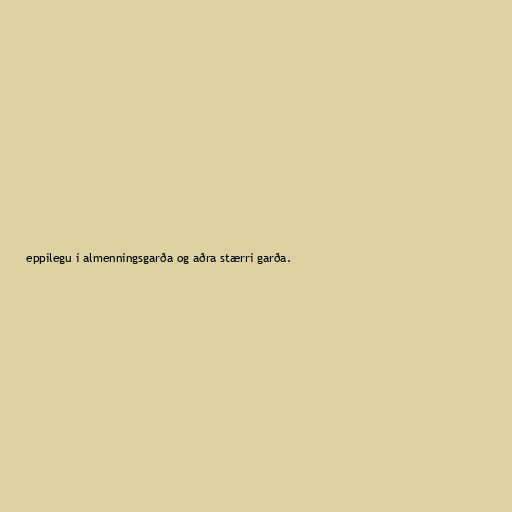
eppilegu í almenningsgarða og aðra stærri garða.